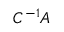
C ^ { - 1 } A